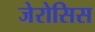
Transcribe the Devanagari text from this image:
जेरोसिस